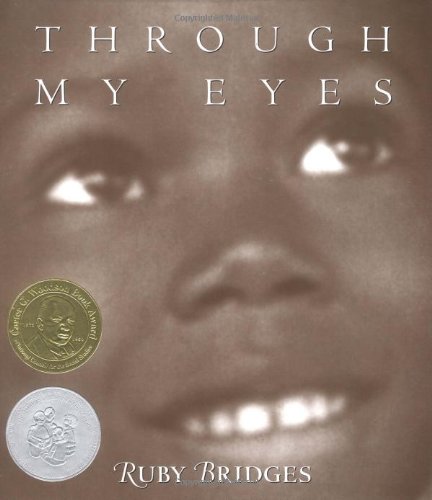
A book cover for Through My Eyes; Ruby Bridges; Children's Books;